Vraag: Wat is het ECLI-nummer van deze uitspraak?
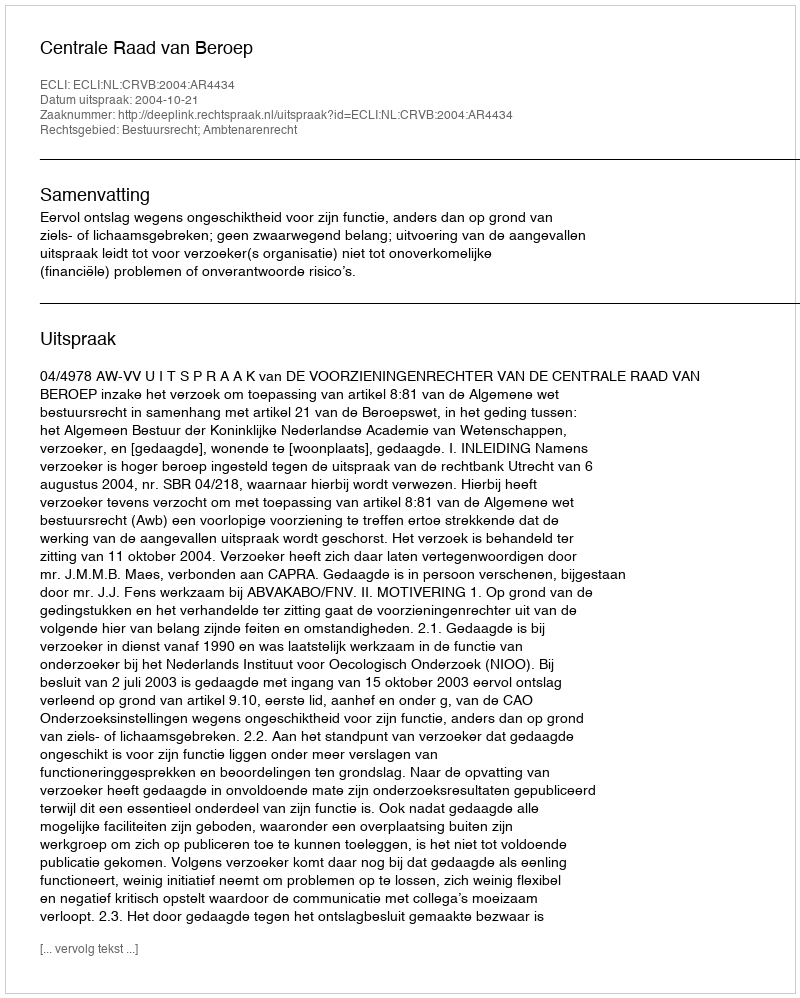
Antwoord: ECLI:NL:CRVB:2004:AR4434